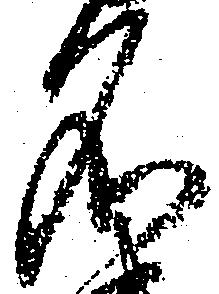
名